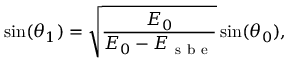
\sin ( \theta _ { 1 } ) = \sqrt { \frac { E _ { 0 } } { E _ { 0 } - E _ { \mathrm { ~ s ~ b ~ e ~ } } } } \sin ( \theta _ { 0 } ) ,